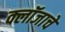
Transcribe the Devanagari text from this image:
क्लॉजाचे